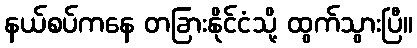
နယ်စပ်ကနေ တခြားနိုင်ငံသို့ ထွက်သွားပြီ။